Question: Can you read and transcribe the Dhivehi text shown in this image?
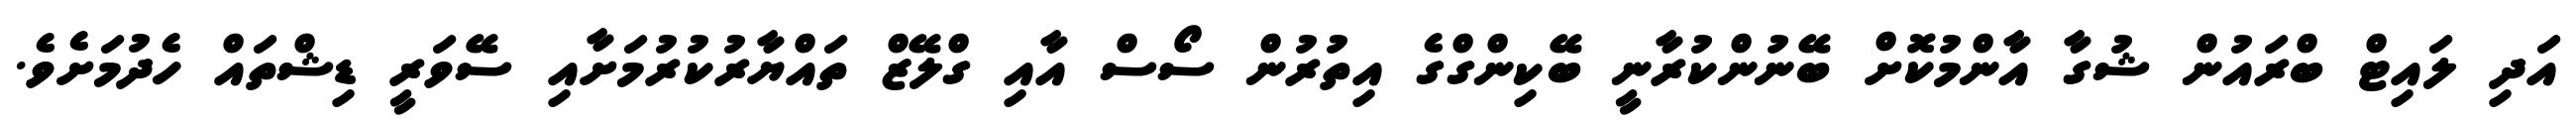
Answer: އަދި ލައިޓް ބްރައުން ޝުގާ އާންމުކޮށް ބޭނުންކުރާނީ ބޭކިންގްގެ އިތުރުން ސޯސް އާއި ގްލޭޒް ތައްޔާރުކުރުމަށާއި ސޭވަރީ ޑިޝްތައް ހެދުމަށެވެ.